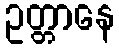
ဥတ္တာနေ